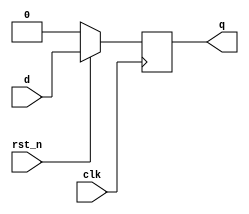
`timescale 1ns / 1ps
//////////////////////////////////////////////////////////////////////////////////
// Company: 
// Engineer: 
// 
// Design Name: 
// Module Name: test_bench
// Project Name: 
// Target Devices: 
// Tool Versions: 
// Description: 
// 
// Dependencies: 
// 
// Revision:
// Revision 0.01 - File Created
// Additional Comments:
// 
//////////////////////////////////////////////////////////////////////////////////
module d_ff_r (
    input clk,rst_n,d,
    output reg q
);
   always@(posedge clk) 
   begin
       if(rst_n==0)
       q<=1'b0;
       else
       q<=d;
   end
endmodule